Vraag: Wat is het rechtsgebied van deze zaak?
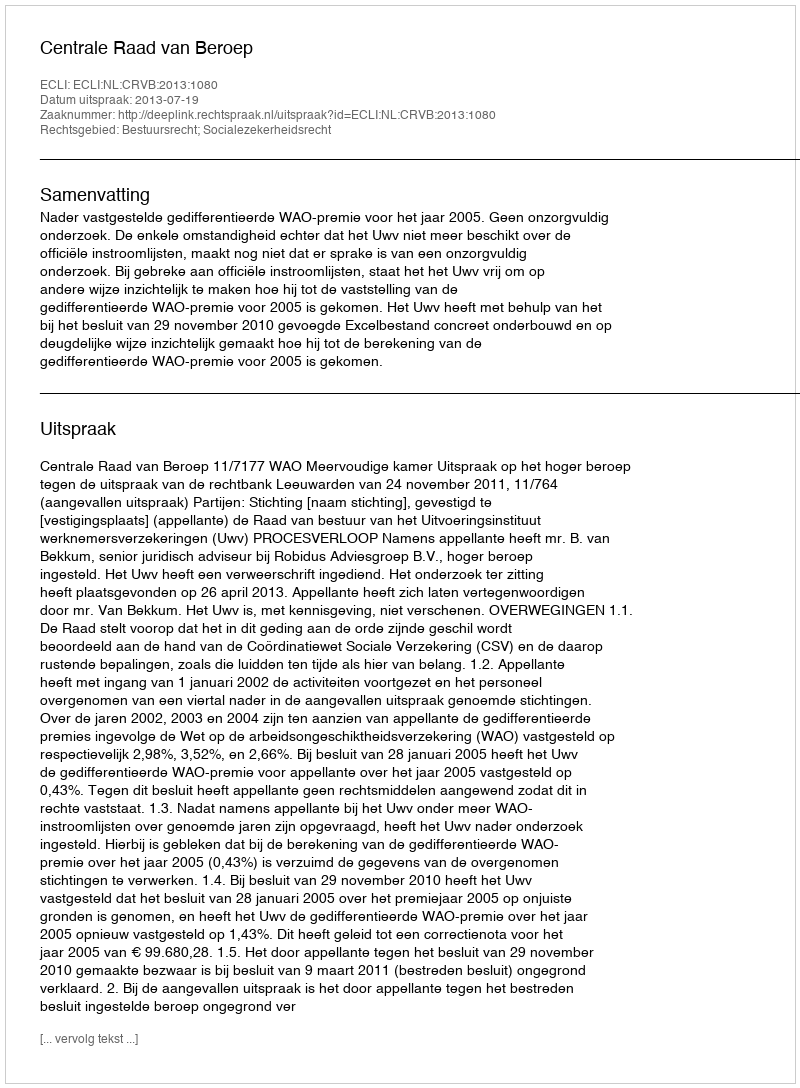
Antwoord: Bestuursrecht; Socialezekerheidsrecht